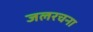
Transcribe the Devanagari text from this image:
जलरचना